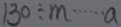
1 3 0 \div m \cdots a